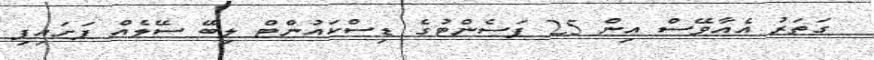
ގަތަރު އެއާވޭސް އިން 25 ޕަސެންޓުގެ ޑިސްކައުންޓް ލިބޭ ސޭލެއް ފަށައިފި